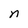
Character: n